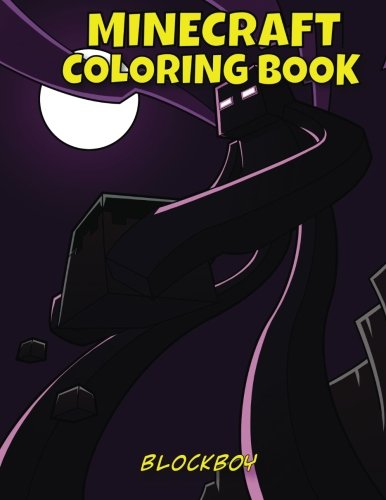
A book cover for Minecraft Coloring Book: FUN Minecraft Coloring Pages!; BlockBoy; Children's Books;